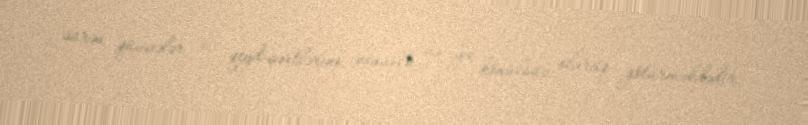
sürən qüvvələr öz qeyd-şərtlərini könüllü və ya könülsüz olaraq götürməkdədir.